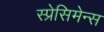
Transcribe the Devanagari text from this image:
स्प्रेसिमेन्स